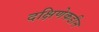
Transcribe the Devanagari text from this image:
दक्षिणेकडीन